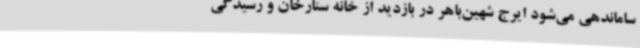
ساماندهی می‌شود ایرج شهین‌باهر در بازدید از خانه ستارخان و رسیدگی